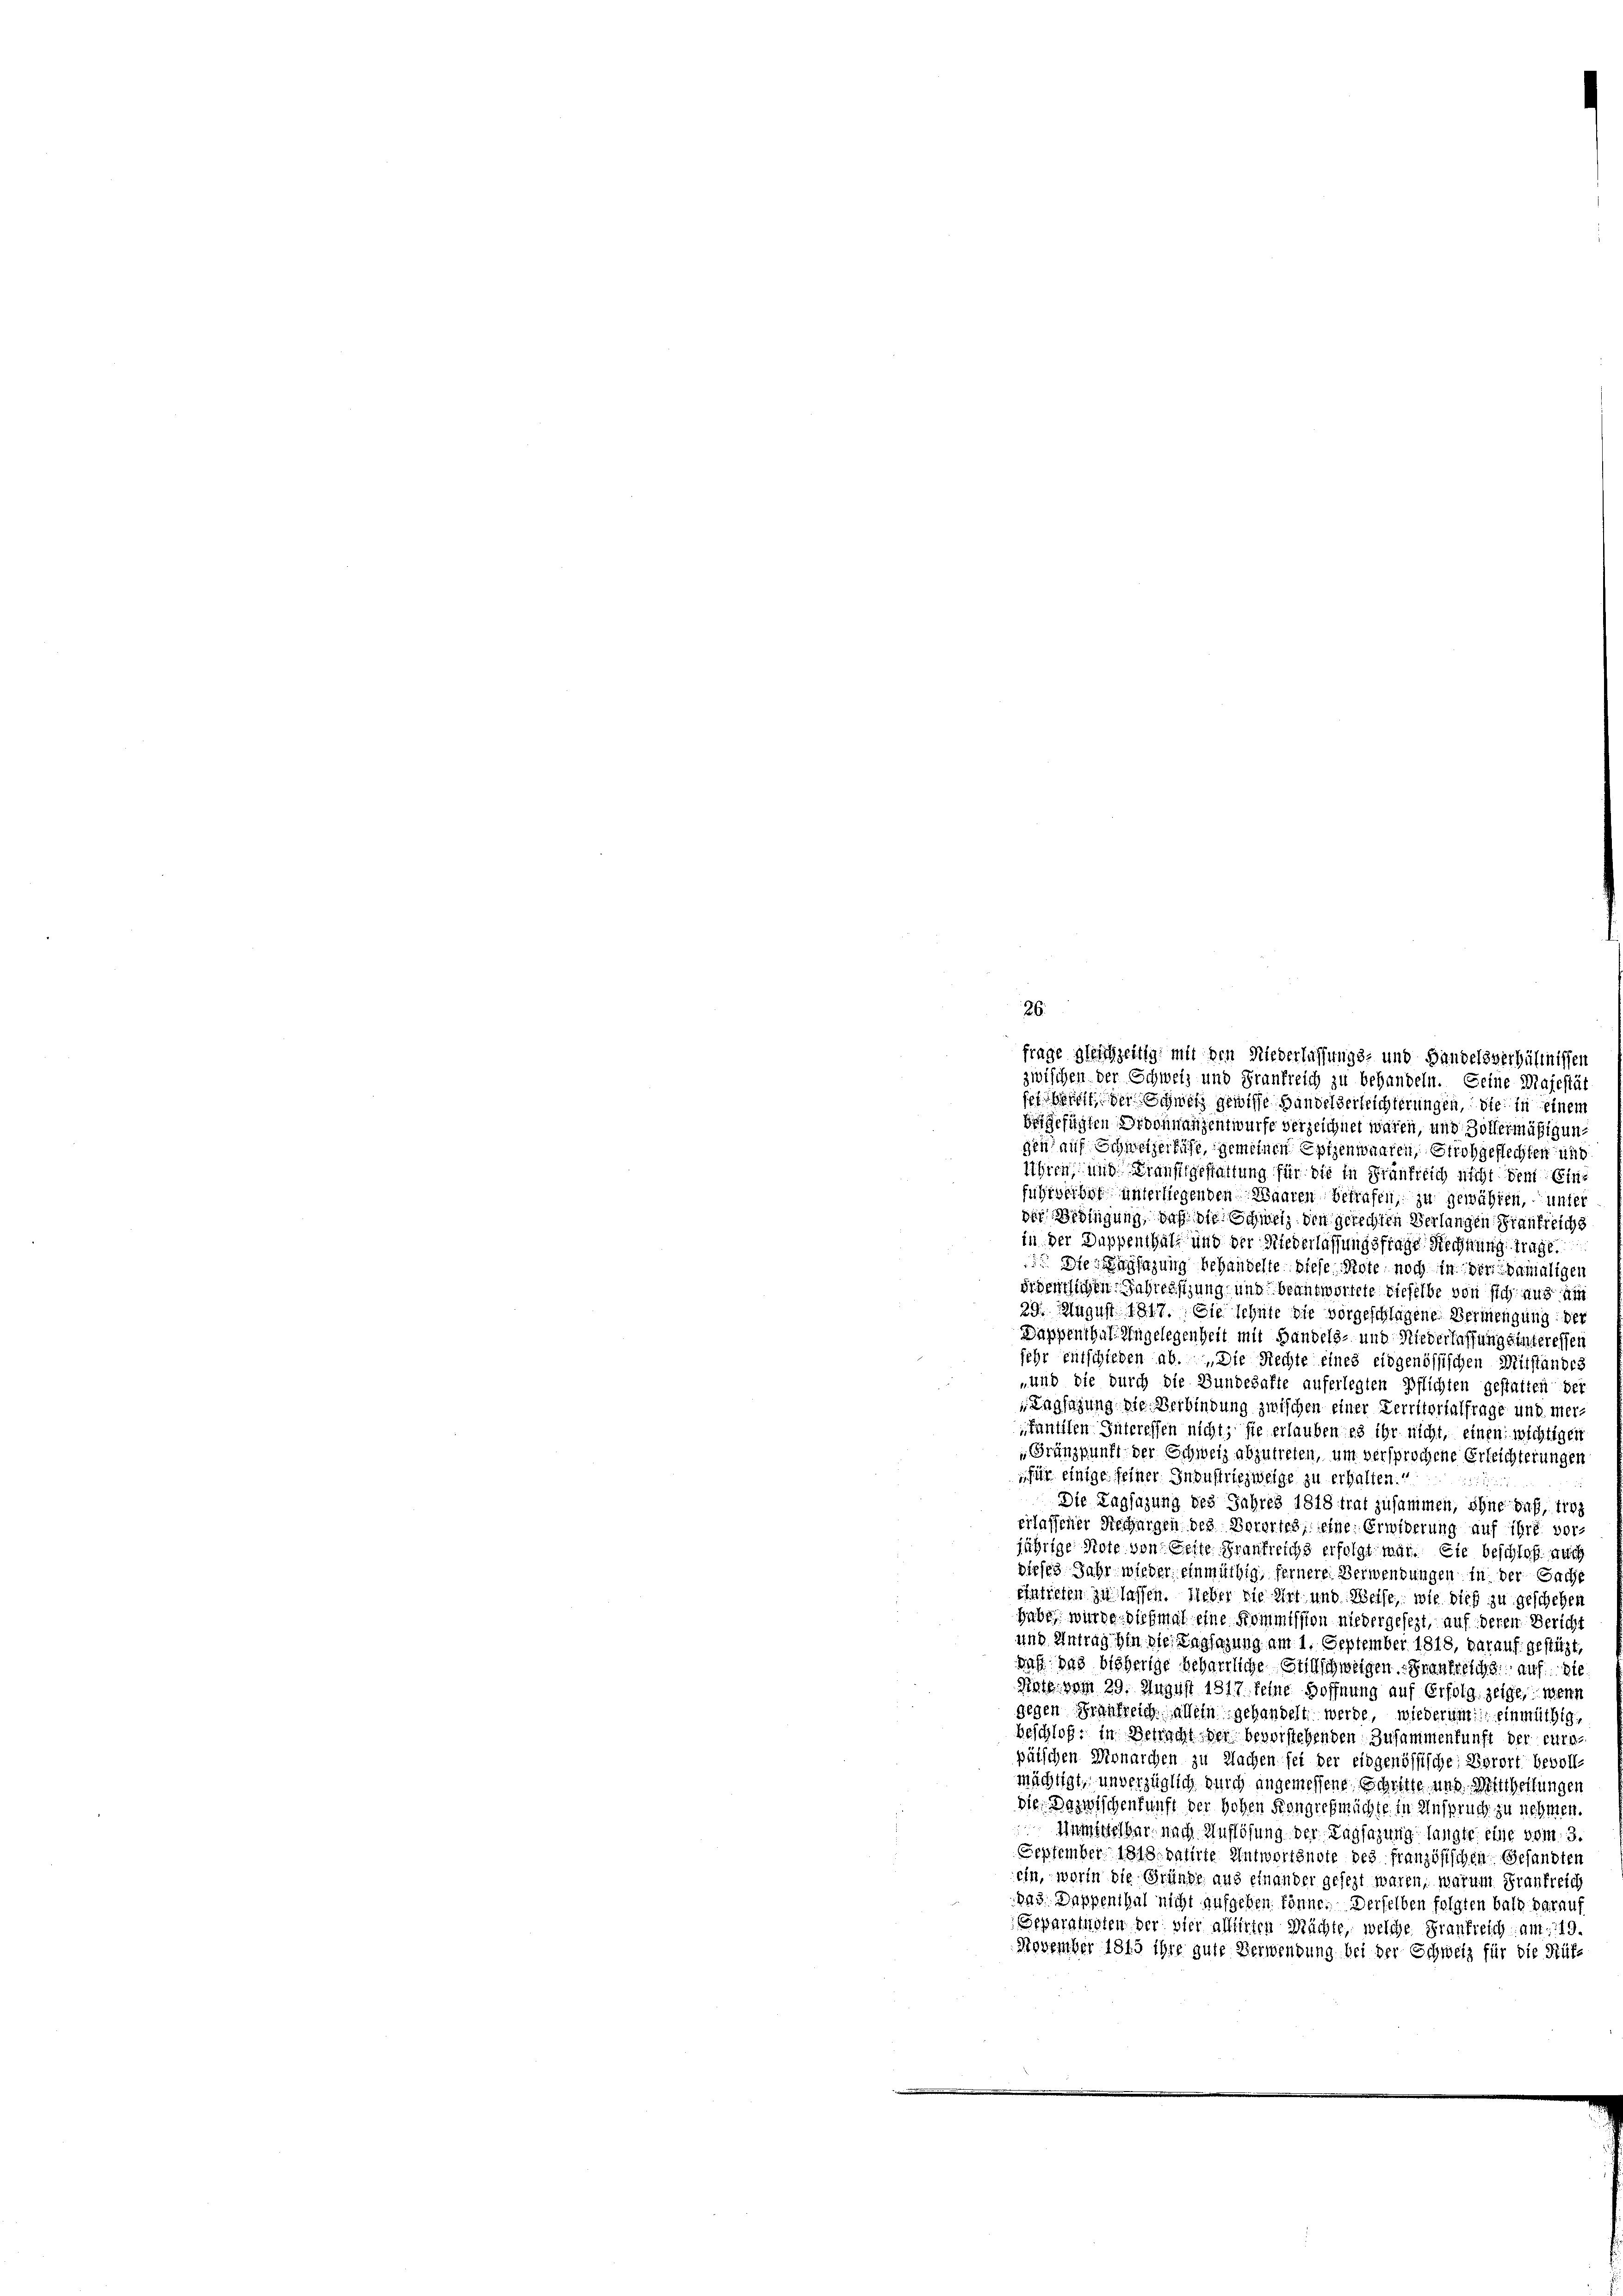
frage gleichzeitig mit den Niederlassungs- und Handelsverhältnissen
zwischen der Schweiz und Frankreich zu behandeln. Seine Majestät

serbeseit der Schweiz gewisse Handelverleichterungen, die in einem
beigefügten Ordohnangentwurfe verzeichnet wären, und Zollermäßigung
gen auf Schweizerlust, gemeinen Epizenwaaren, Stroh geflechten und
Ahren, und Krausgestattung für die in Frünfreich nicht dem Einfuhrwerbet unterliegenden Waaren Betrafen, zu gewähren, unter
der Bedingung, daß die Schweiz den gerechten Verlangen Krankreichs
in der Duppenthal und der Niederlassungsfrage Rechnung trage.
 Iten Kassizung behandelte diese Note noch in der Damaligen
örderlichen Jahressizung und beantwortete dieselbe von sich aus ain
29. August 1817. Sie sehnte die vorgeschlagene Vermengung der
Dappenthal Angelegenheit mit Handels- und Niederlassung sinteressen
sehr entschieden ab. Die Rechte eines eidgenössischen Mitstandes
„und die durch die Bundehafte auferlegten Pflichten gestatten der
Tagsazung die Verbindung zwischen einer Verritorialfrage und mer-
kantiten Interessen nicht, sie erlauben es ihr nicht, einen wichtigen
Gränzpunft der Schweiz abzutreten, um versprochene Erleichterungen
für einige seiner Industriezweige zu erhalten.“
Die Tagsazung des Jahres 1818 trat zusammen, ohne saß, troz
erlassener Rechargen des Vorortes, seine Erwiderung auf ihre vorjährige Note von Seite Frankreichs erfolgt war. Sie beschloß auch
dieses Jahr wieder einmüthig, fernere Verwendungen in der Sache
eintreten zu lassen. Sieber die Wirt und Weise, wie dieß zu geschehen
habe, wurde diesmal eine Kommission niedergesezt, auf deren Bericht
und Antrag hin die Tagsazung am 1. September 1818, darauf gestüzt,
Daß das bisherige beharrliche Stillschweigen Frankreichs auf die
Aste vom 29. August 1817. Sehne Hoffnung auf Erfolg, zeige, wenn
gegen Frankreich allein gehandelt werde, wiederum einmüthig,
beschloß: in Betracht der bevorstehenden Zusammenkunft der eure
päischen Monarchen zu Wachen sei der eidgenössische Vorort bevoll-
mächtigt, unverzüglich durch angemessene Schritte und Mittheilungen
Die Dazwischenkunft der hohen Kongiehmächte in Anspruch zu nehmen.
Unmittelbar nach Auflösung der Tagsazung langte: eine vom 3.
September 1818. datirte Antwortsnote des französischen Gesandten
ein, worin die Gründe aus einander gesezt waren, warum Frankreich
das. Dappenthal nicht aufgeben könne. Derselben folgten bald darauf
Separaturten der vier alliirten Mächte, welche Frankreich am 19.
November 1815 ihre gute Verwendung bei der Schweiz für die Rüf¬